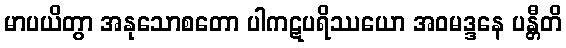
မာပယိတွာ အနုသောစတော ပါကဋပရိဿယော အဝမဒ္ဒနေ ပန္တီတိ